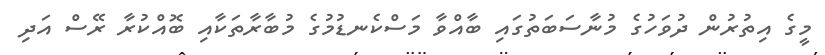
މީގެ އިތުރުން ދުވަހުގެ މުނާސަބަތުގައި ބާއްވާ މަސްކެނޑުމުގެ މުބާރާތަކާއި ބޮއްކުރާ ރޭސް އަދި